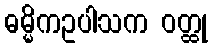
ဓမ္မိကဥပါသက ဝတ္ထု